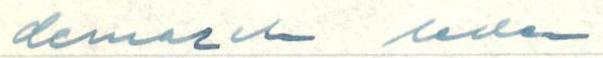
demarche leder